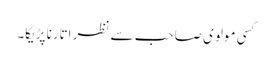
کسی مولوی صاحب سے نظر اتارنا پڑیگا۔